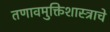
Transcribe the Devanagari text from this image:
तणावमुक्तिशास्त्राचे